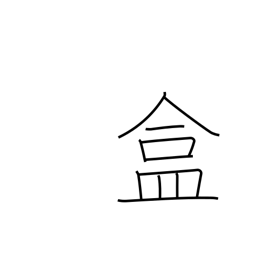
Meaning: covered utensil